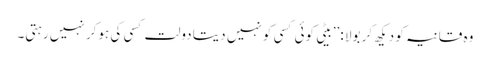
وہ قانیہ کو دیکھ کر بولا :’’بیٹی کوئی کسی کو نہیں دیتا دولت کسی کی ہوکر نہیں رہتی۔